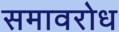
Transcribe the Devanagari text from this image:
समावरोध